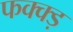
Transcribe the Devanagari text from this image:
फक्क्ड़